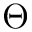
\Theta